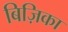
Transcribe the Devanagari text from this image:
बिज़िका